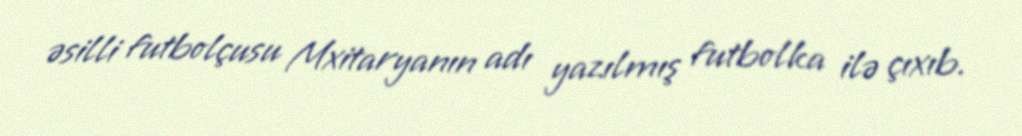
əsilli futbolçusu Mxitaryanın adı yazılmış futbolka ilə çıxıb.